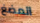
المضغ